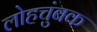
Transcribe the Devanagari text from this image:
लोहचुंबक